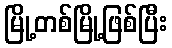
မြို့တစ်မြို့ဖြစ်ပြီး